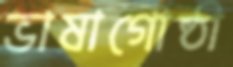
ভাষাগোষ্ঠী